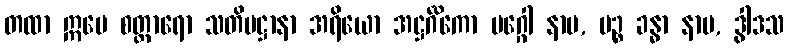
တထာ ဣမေ စတ္တာရော သတိပဋ္ဌာနာ အရိယော အဋ္ဌင်္ဂိကော မဂ္ဂေါ နာမ, ပဉ္စ ခန္ဓာ နာမ, ဒွါဒသ